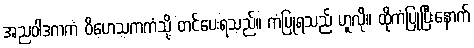
အညဝါဒကကံ ဝိဟေသကကံသို့ တင်ပေးရသည်။ ကံပြုရသည် ဟူလို။ ထိုကံပြုပြီးနောက်